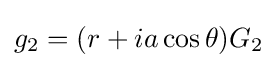
g_{2}=(r+ia\cos \theta )G_{2}